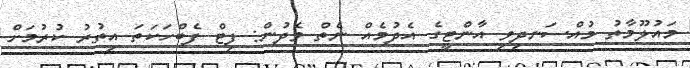
މައުލޫމާތު މުއްސަނދިވި އާންޓީގެ އެދުމެއް ނެތް ވެދުން: ފިޓް ފެބްހަކަތަ އިތުރު ކުރުމަށް